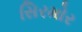
સિરમોર